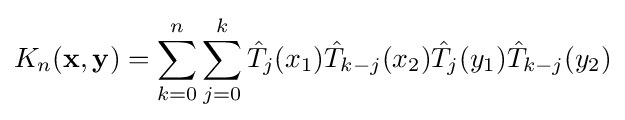
K_{n}(\mathbf {x} ,\mathbf {y} )=\sum _{k=0}^{n}\sum _{j=0}^{k}{\hat {T}}_{j}(x_{1}){\hat {T}}_{k-j}(x_{2}){\hat {T}}_{j}(y_{1}){\hat {T}}_{k-j}(y_{2})